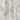
شيء